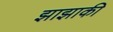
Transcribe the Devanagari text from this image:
झाझाकी